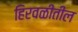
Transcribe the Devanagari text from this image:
हिरवळीतील